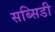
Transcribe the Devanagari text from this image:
सब्‍सिडी